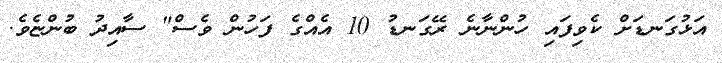
އަޅުގަނޑަށް ކެވިފައި ހުންނާނެ ރޭގަނޑު 10 އެއްގެ ފަހުން ވެސް" ސާއިދު ބުންޏެވެ.